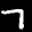
Label: 7